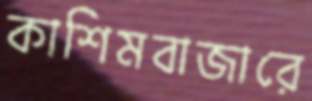
কাশিমবাজারে